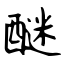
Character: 醚